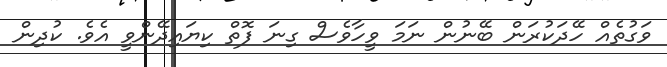
ވަގުތެއް ހޭދަކުރަން ބޭނުން ނަމަ ވީހާވެސް ގިނަ ފޮތް ކިޔައިދޭންވީ އެވެ. ކުދިން